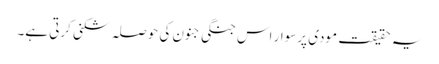
یہ حقیقت مودی پرسوار اس جنگی جنون کی حوصلہ شکنی کرتی ہے۔